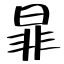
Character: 暃